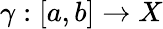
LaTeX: \gamma:[a,b]\to X